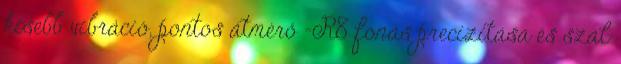
kisebb vibráció, pontos átmérő -R8 fonás precizitása és szál